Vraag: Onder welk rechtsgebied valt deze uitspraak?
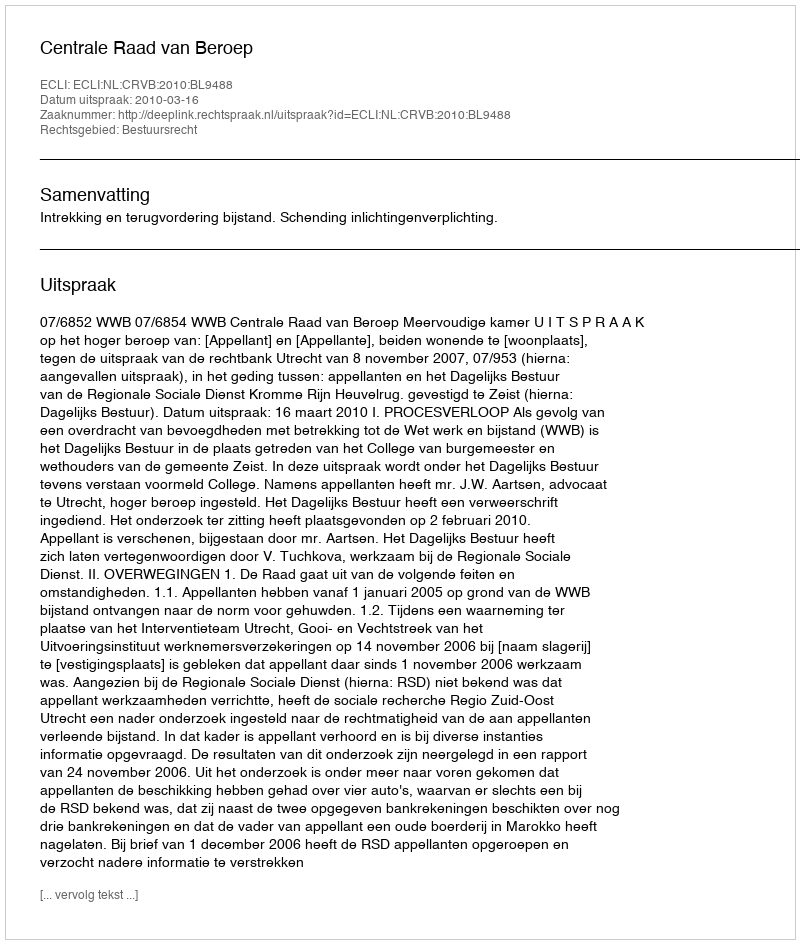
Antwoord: Bestuursrecht